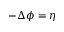
- \Delta \phi = \eta